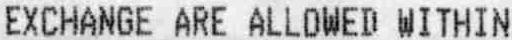
EXCHANGE ARE ALLOWED WITHIN